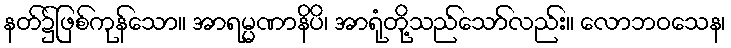
နတ်၌ဖြစ်ကုန်သော။ အာရမ္မဏာနိပိ၊ အာရုံတို့သည်သော်လည်း။ လောဘဝသေန၊